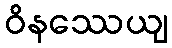
ဝိနဿေယျ